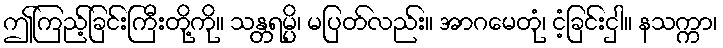
ဤကြည့်ခြင်းကြီးတို့ကို။ သန္တရမ္ပိ၊ မပြတ်လည်း။ အာဂမေတုံ၊ ငံ့ခြင်းငှါ။ နသက္ကာ၊